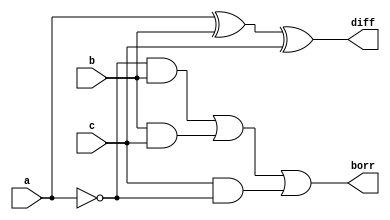
`timescale 1ns / 1ps
//////////////////////////////////////////////////////////////////////////////////
// Company: 
// Engineer: 
// 
// Design Name: 
// Module Name: subr
// Project Name: 
// Target Devices: 
// Tool Versions: 
// Description: 
// 
// Dependencies: 
// 
// Revision:
// Revision 0.01 - File Created
// Additional Comments:
// 
//////////////////////////////////////////////////////////////////////////////////


module subr(
    input a,
    input b,
    input c,
    output diff,
    output borr
    );
    wire anot;
    
    assign anot = (~a); 
    assign diff = (a ^ b ^ c); 
    assign borr = (anot & b) | (b & c) | (c & anot);
endmodule